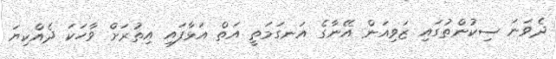
ދެވަނަ ސިކުންތުގައި ޒަވިއަން އޭނާގެ އަނގަމަތީ އަތް އަޅާފައި އިތުރަށް ވާހަކަ ދެއްކިޔަ